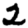
Digit: 2